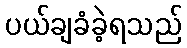
ပယ်ချခံခဲ့ရသည်